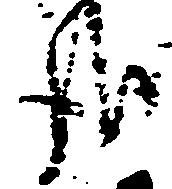
哉